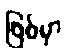
ဖြစ်မှာ